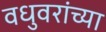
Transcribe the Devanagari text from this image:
वधुवरांच्या